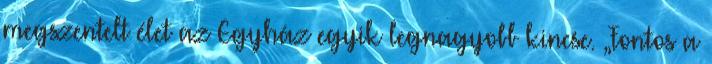
megszentelt élet az Egyház egyik legnagyobb kincse. „Fontos a